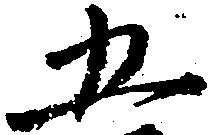
五